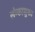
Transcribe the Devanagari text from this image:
लंग्कासुका